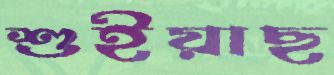
শুইয়াছ